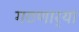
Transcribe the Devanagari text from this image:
गठणार्‍या